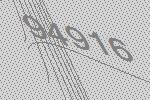
94916